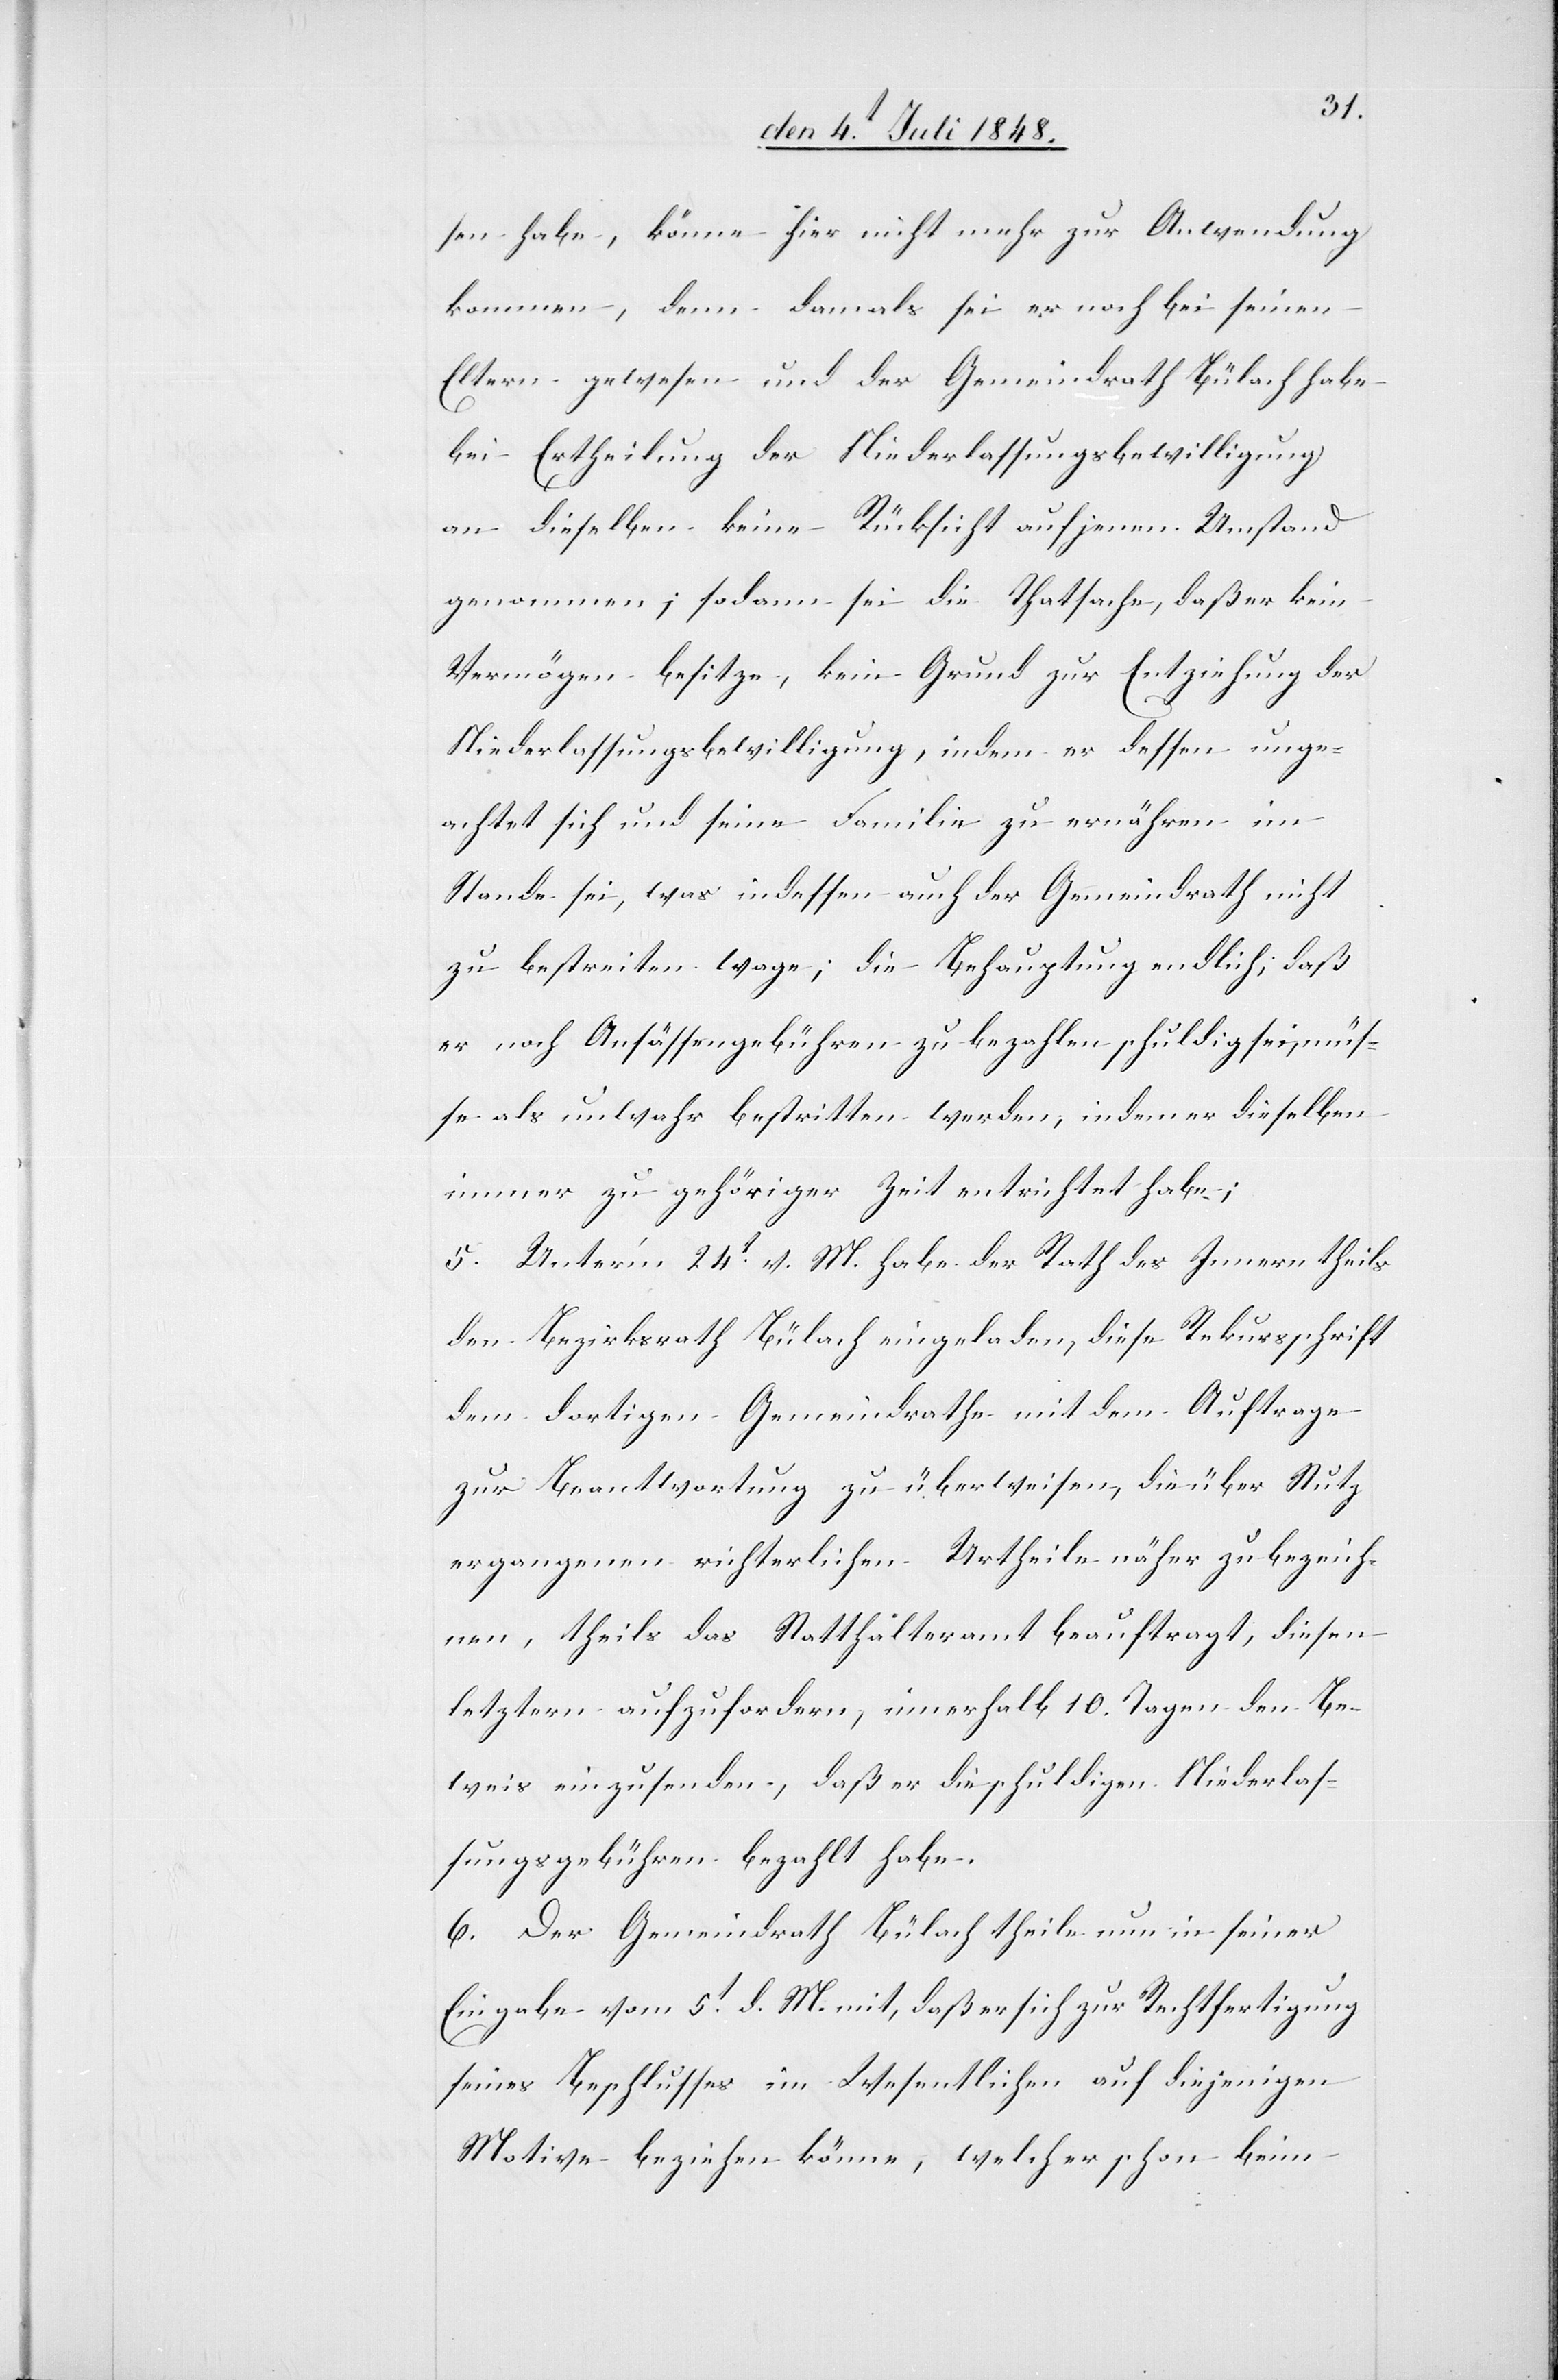
sen habe, könne hier nicht mehr zur Anwendung
kommen, denn damals sei er noch bei seinen
Eltern gewesen und der Gemeindrath Bülach habe
bei Ertheilung der Niederlassungsbewilligung
an dieselben keine Rücksicht auf jenen Umstand
genommen; sodann sei die Thatsache, daß er kein
Vermögen besitze, kein Grund zur Entziehung der
Niederlassungsbewilligung, indem er dessen unge¬
achtet sich und seine Familie zu ernähren im
Stande sei, was indessen auch der Gemeindrath nicht
zu bestreiten wage; die Behauptung endlich, daß
er noch Ansässengebühren zu bezahlen schuldig sei, müß¬
e als unwahr bestritten werden, indem er dieselben
immer zu gehöriger Zeit entrichtet habe;
5. Unter’m 24t v. M. habe der Rath des Innern theils
den Bezirksrath Bülach eingeladen, diese Rekursschrift
dem dortigen Gemeindrathe mit dem Auftrage
zur Beantwortung zu überweisen, die über Stutz
ergangenen richterlichen Urtheile näher zu bezeich¬
nen, theils das Statthalteramt beauftragt, diesen
letztern aufzufordern, innerhalb 10. Tagen den Be¬
weis einzusenden, daß er die schuldigen Niederlas¬
sungsgebühren bezahlt habe.
6. Der Gemeindrath Bülach theile nun in seiner
Eingabe vom 5t d. M. mit, daß er sich zur Rechtfertigung
seines Beschlusses im Wesentlichen auf diejenigen
Motive beziehen könne, welch[e] er schon beim